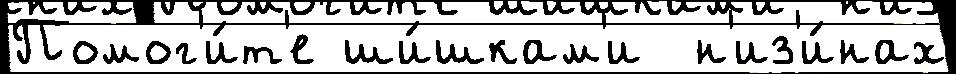
Помог'и́т'е ши́шкам'и  н'из'и́нах